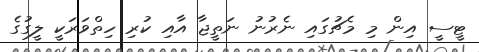
ޓީސީ އިން މި މެޗުގައި ނެރުނު ނަތީޖާ އާއި ކުރި ހިތްވަރަކީ ލީގުގެ